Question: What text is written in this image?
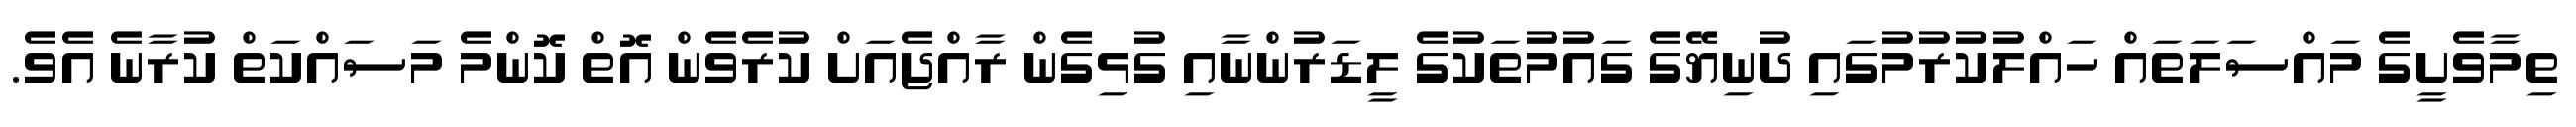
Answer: ތިމާވެށީގެ މައްސަލަތައް ހައްލުކުރުމުގައި ދުނިޔޭގެ ގައުމުތަކުގެ ލީޑަރުންނާއި ގުޅިގެން ރާއްޖެއަށް ކުރެވެން އޮތް ކޮންމެ މަސައްކަތް ކުރާނެ އެވެ.